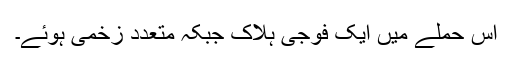
اس حملے میں ایک فوجی ہلاک جبکہ متعدد زخمی ہوئے۔